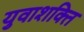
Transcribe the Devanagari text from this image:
युवाशक्‍ित